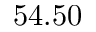
5 4 . 5 0